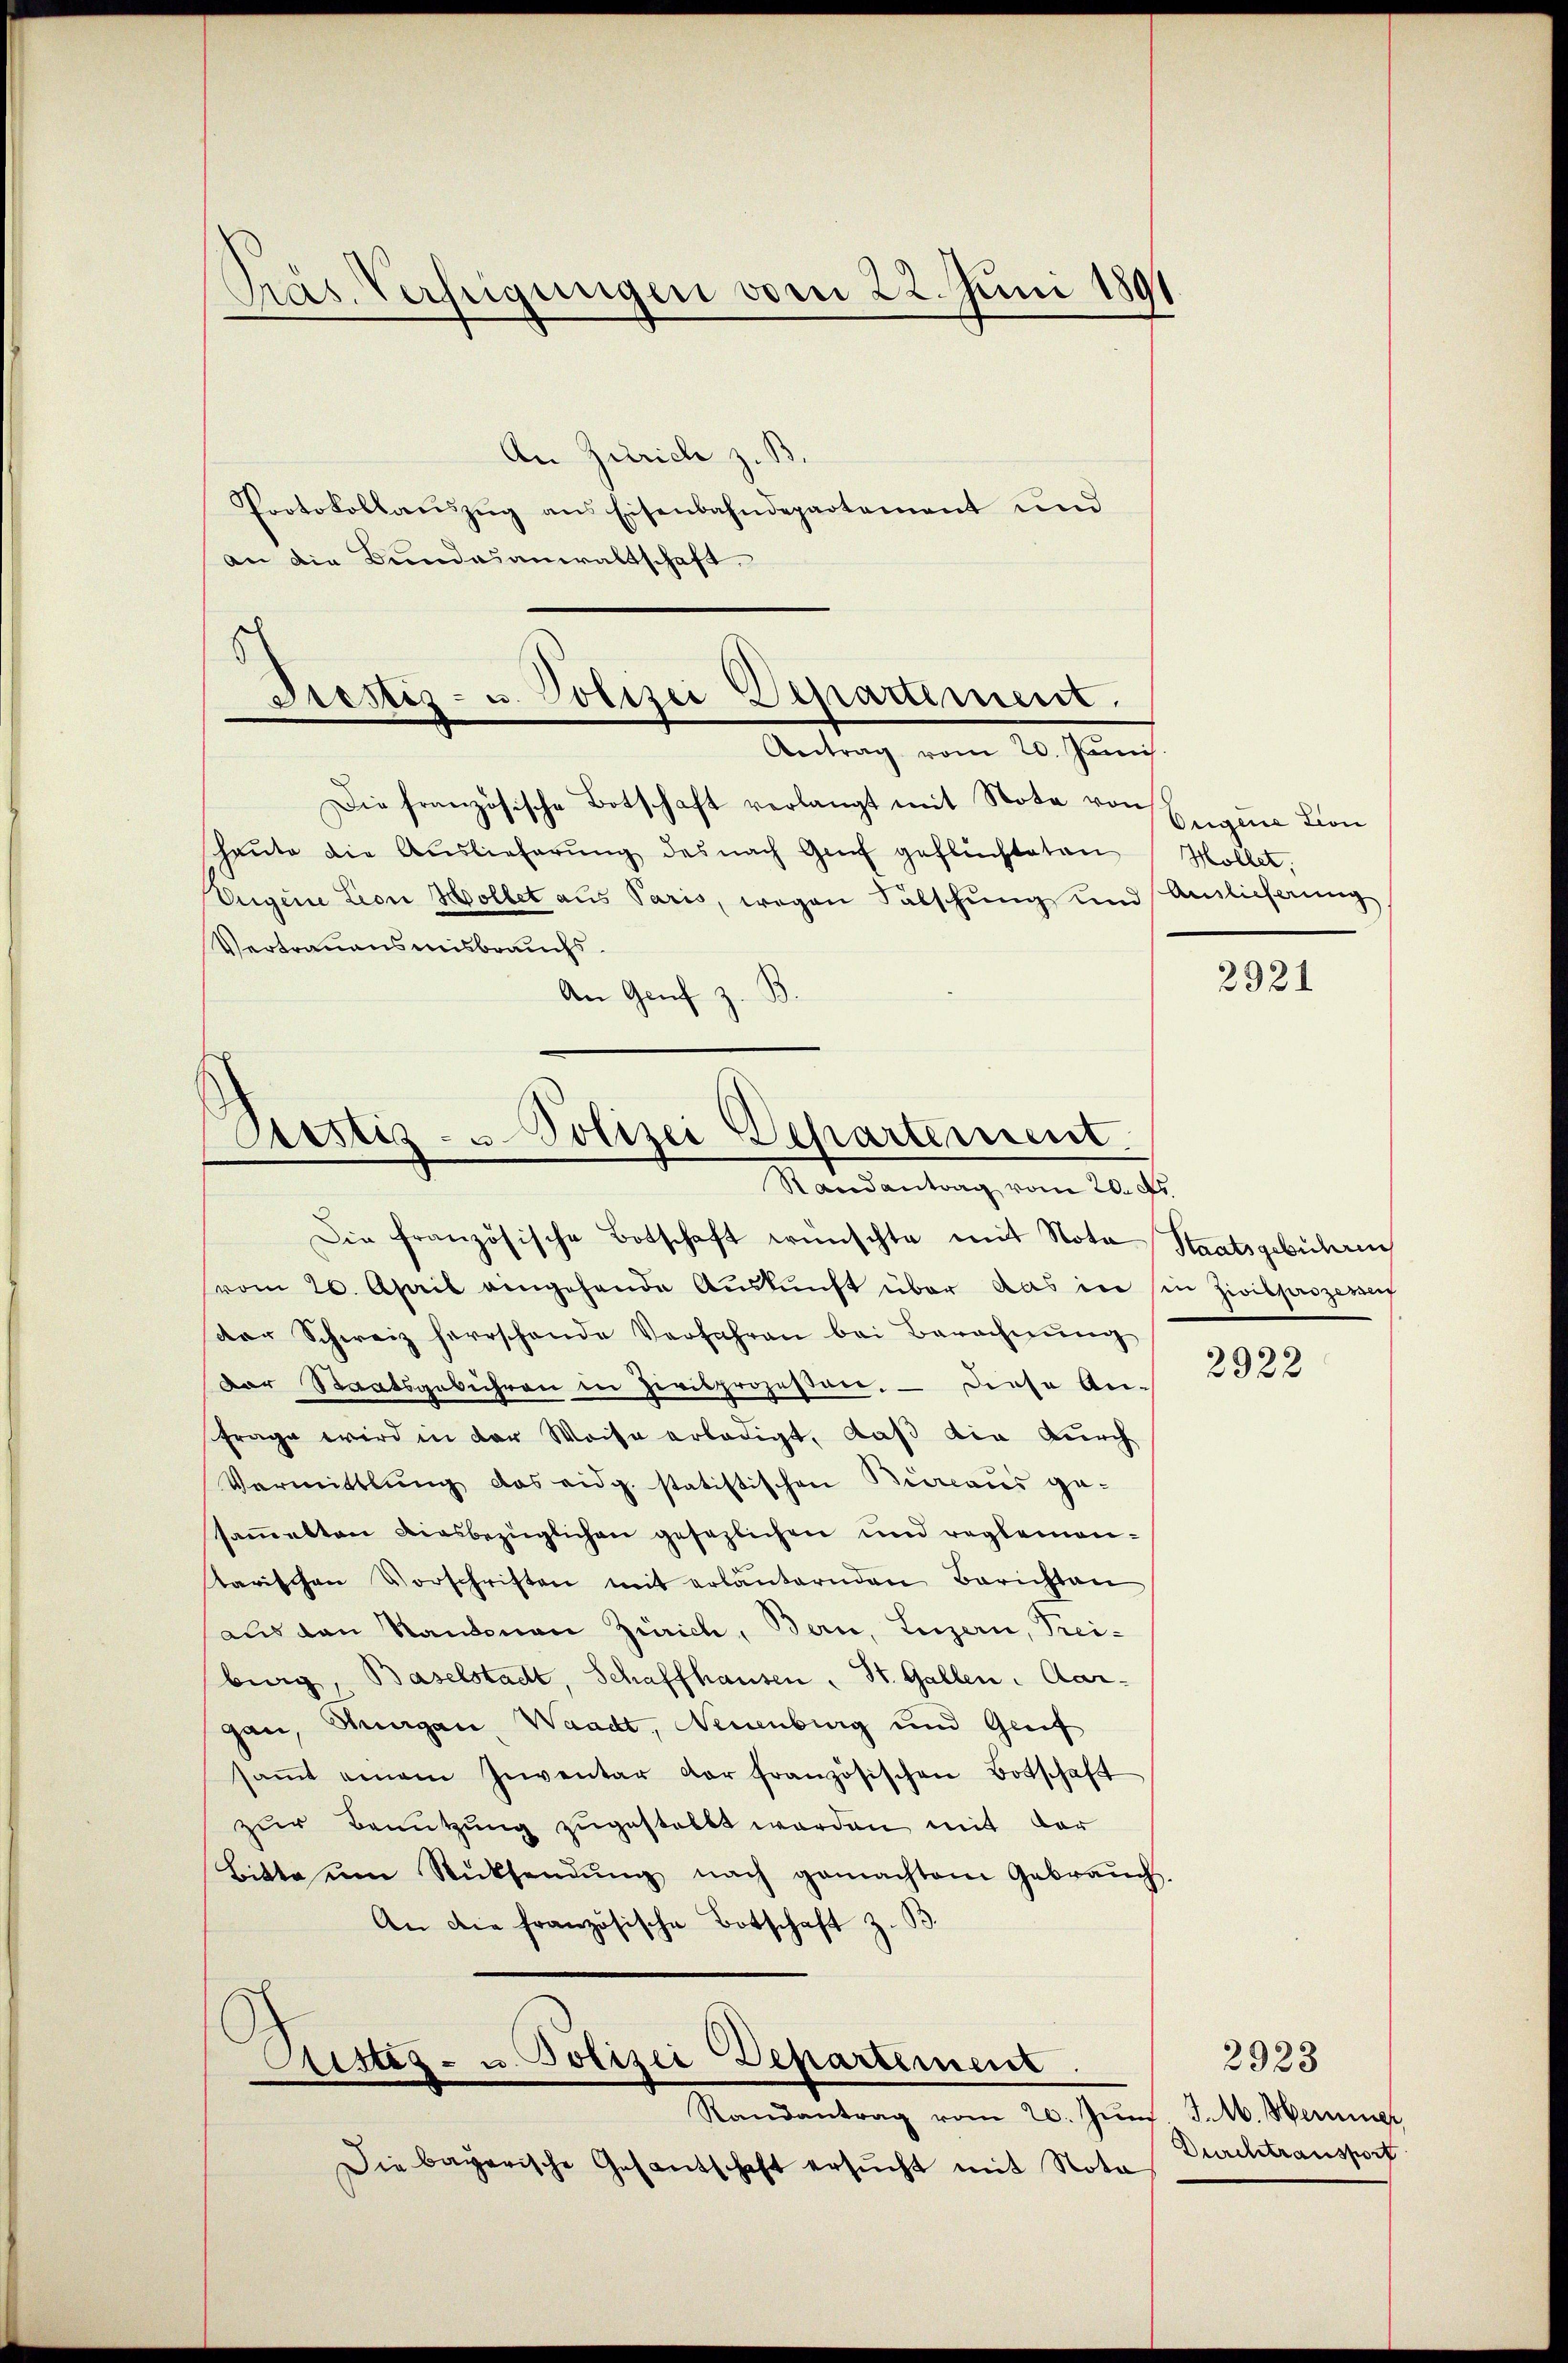
Pras. Verfügungen vom 22. Juni 1891

An Zürich z. B.
Protokollauszug aus Eisenbahndepartement und
an die Bundesanwaltschaft.
Die französische Botschaft verlangt mit Nota von
haŭte die Auslieferŭng des nach Genf geflüchteten
Eugene Lion Hollet aus Paris, wegen Falschung und
Vertrauensmisbrauchs.
An Genf z.

Prestiz- u. Polizei Departement.
Antrag vom 20. Junii

Prstiz- u. Polizei Departement.
Randantrag vom 20. ds.

Die französische Botschaft wünschte mit Nota Staatsgebühren
vom 20. April eingehende Aŭskŭnft über das in in Zivilprozereif
dar Schweiz herrschande Verfahren bei Berechnŭng
Der Staatsgebühren in Zivilprozessen. — Diese Anfrage wird in der Weise erledigt, daß die Durch
Vermittlung das eidg. statistischen Büreaus ge-
sammelten diesbezüglichen gesezlichen und reglementarischen Vorschriften mit erläuternden Berichten
aus den Kantonen Zürich, Bern, Luzern, Trei-
berg, Baselstadt, Schaffhausen, St. Gallen. Aar-
gan, Thurgau, Waadt, Neuenburg und Greif
saṁt einem Inventar der französischen Botschaft
zur Benutzung zugestellt worden mit der
Bitte ŭm Rücksendŭng nach gemachtem Gebraŭch.
An die französische Botschaft z. B.

Ritteg- u. Polizei Departement.

Randantrag vom 20. Juni
Die bayerische Gesantschaft ersŭcht mit Nota

Ougene Lion
Hollet,
Ainlicherung

2921

2922

2923
7. A. Heininer
Durchtransport